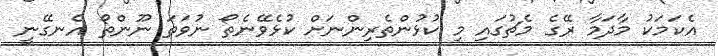
އެކަމަކު މާދަމާ ރޭގެ މެޗުގައި މި ކުޅުންތެރިންނަށް ކުޅެވޭނެތޯ ނުވަތަ ނޫންތޯ އެނގޭނީ